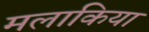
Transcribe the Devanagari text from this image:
मलाकिया